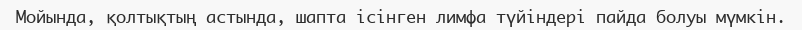
Мойында, қолтықтың астында, шапта ісінген лимфа түйіндері пайда болуы мүмкін.